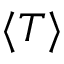
\langle T \rangle